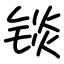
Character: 锬